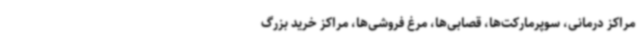
مراکز درمانی، سوپرمارکت‌ها، قصابی‌ها، مرغ فروشی‌ها، مراکز خرید بزرگ